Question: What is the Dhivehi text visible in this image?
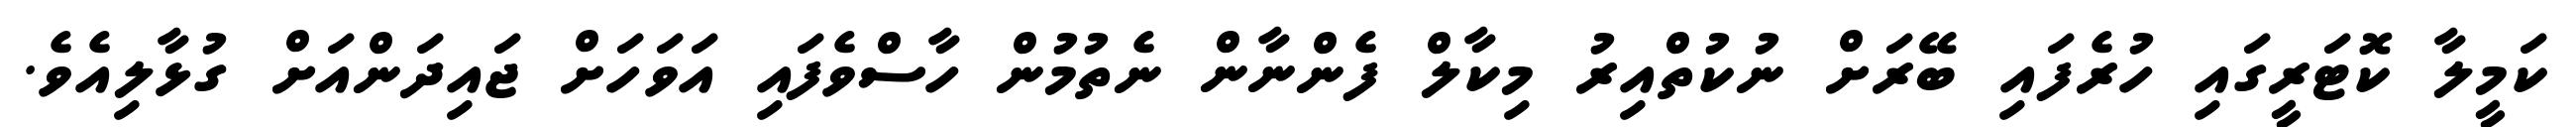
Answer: ކަމީލާ ކޮޓަރީގައި ހުރެފައި ބޭރަށް ނުކުތްއިރު މިކާލް ފެންނާން ނެތުމުން ހާސްވެފައި އަވަހަށް ޖައިދަންއަށް ގުޅާލިއެވެ.